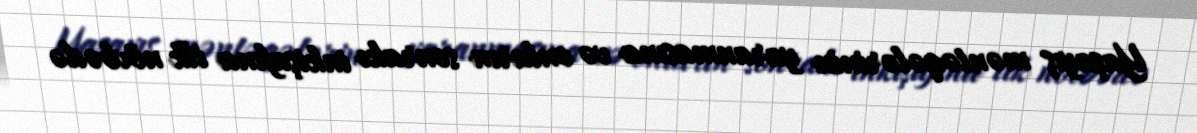
Yaşayış məntəqələrinin yaranmasına və onların sonrakı inkişafına ilk növbədə